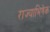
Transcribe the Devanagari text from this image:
राज्याभिषे़क